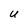
Character: U